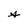
Character: s